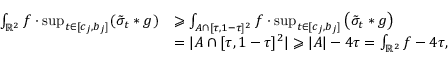
\begin{array} { r l } { \int _ { \mathbb { R } ^ { 2 } } f \cdot \operatorname* { s u p } _ { t \in [ c _ { j } , b _ { j } ] } ( \tilde { \sigma } _ { t } \ast g ) } & { \geqslant \int _ { A \cap [ \tau , 1 - \tau ] ^ { 2 } } f \cdot \operatorname* { s u p } _ { t \in [ c _ { j } , b _ { j } ] } \big ( \tilde { \sigma } _ { t } \ast g \big ) } \\ & { = | A \cap [ \tau , 1 - \tau ] ^ { 2 } | \geqslant | A | - 4 \tau = \int _ { \mathbb { R } ^ { 2 } } f - 4 \tau , } \end{array}